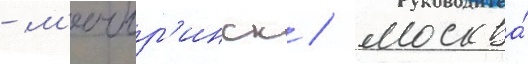
- м'ичур'инск / москва́